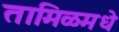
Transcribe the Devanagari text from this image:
तामिळमधे